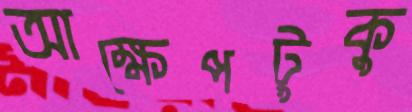
আক্ষেপটুকু